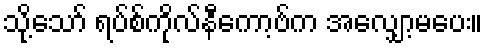
သို့သော် ရပ်စ်ကိုလ်နီကော့ဗ်က အလျှော့မပေး။